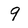
Character: 9